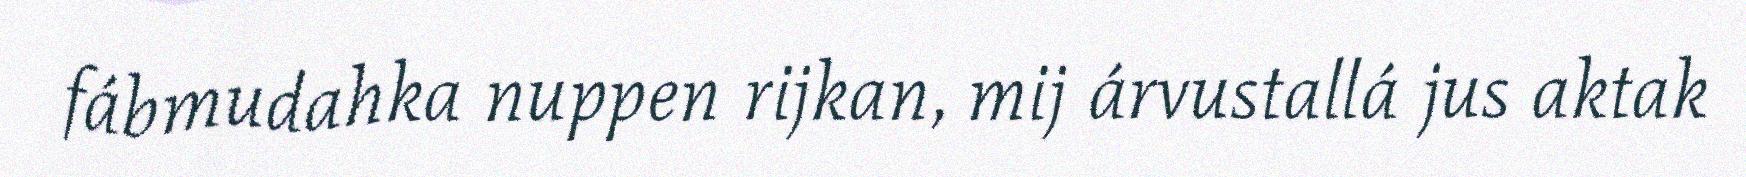
fábmudahka nuppen rijkan, mij árvustallá jus aktak